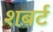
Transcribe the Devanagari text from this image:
शबर्ट